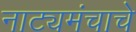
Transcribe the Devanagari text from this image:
नाट्यमंचाचे